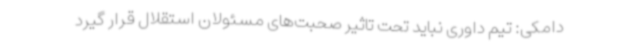
دامکی: تیم داوری نباید تحت تاثیر صحبت‌های مسئولان استقلال قرار گیرد